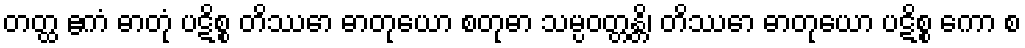
တတ္ထ ဧကံ ဓာတုံ ပဋိစ္စ တိဿော ဓာတုယော စတုဓာ သမ္ပဝတ္တန္တိ၊ တိဿော ဓာတုယော ပဋိစ္စ ကော စ